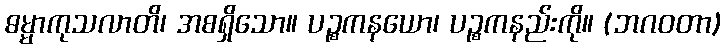
ဓမ္မာကုသလာတိ၊ အစရှိသော။ ပဉ္စကနယော၊ ပဉ္စကနည်းကို။ (ဘဂဝတာ)